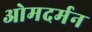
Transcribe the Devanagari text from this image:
ओमदर्मन